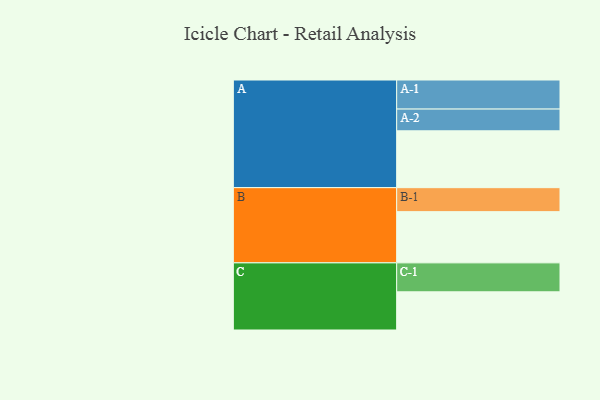
{"axis": {"x": "Segment", "y": "Value"}, "legend": ["", "A", "B", "C"], "data": [{"x": "A", "y": 585, "type": ""}, {"x": "B", "y": 527, "type": ""}, {"x": "C", "y": 393, "type": ""}, {"x": "A-1", "y": 299, "type": "A"}, {"x": "A-2", "y": 224, "type": "A"}, {"x": "B-1", "y": 247, "type": "B"}, {"x": "C-1", "y": 298, "type": "C"}]}